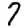
Digit: 7